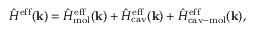
\hat { H } ^ { \mathrm { e f f } } ( \mathbf { k } ) = \hat { H } _ { \mathrm { m o l } } ^ { \mathrm { e f f } } ( \mathbf { k } ) + \hat { H } _ { \mathrm { c a v } } ^ { \mathrm { e f f } } ( \mathbf { k } ) + \hat { H } _ { \mathrm { c a v - m o l } } ^ { \mathrm { e f f } } ( \mathbf { k } ) ,